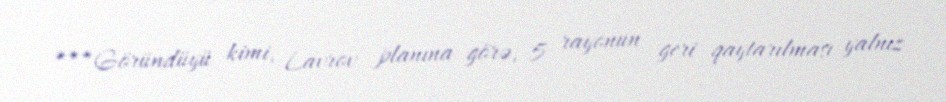
***Göründüyü kimi, Lavrov planına görə, 5 rayonun geri qaytarılması yalnız